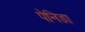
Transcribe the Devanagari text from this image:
पेनिडा